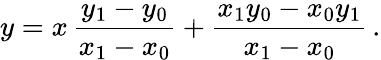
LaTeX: y=x\, {\frac{y_{1}-y_{0}}{x_{1}-x_{0}}}+{\frac{x_{1}y_{0}-x_{0}y_{1}}{x_{1}-x_{0}}}\, .